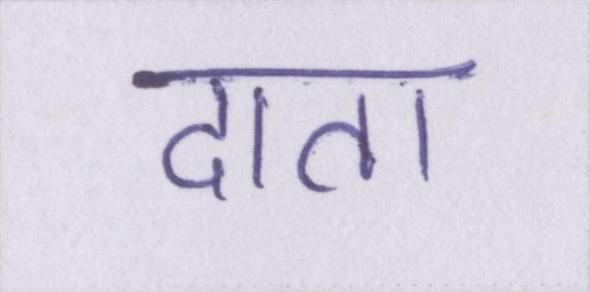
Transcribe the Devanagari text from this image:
दाता